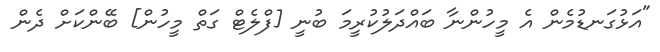
"އަޅުގަނޑުމެން އެ މީހުންނާ ބައްދަލުކުރީމަ ބުނީ [ފްލެޓް ގަތް މީހުން] ބޭންކަށް ދެން